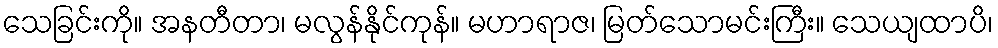
သေခြင်းကို။ အနတီတာ၊ မလွန်နိုင်ကုန်။ မဟာရာဇ၊ မြတ်သောမင်းကြီး။ သေယျထာပိ၊